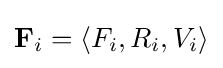
\mathbf {F} _{i}=\langle F_{i},R_{i},V_{i}\rangle